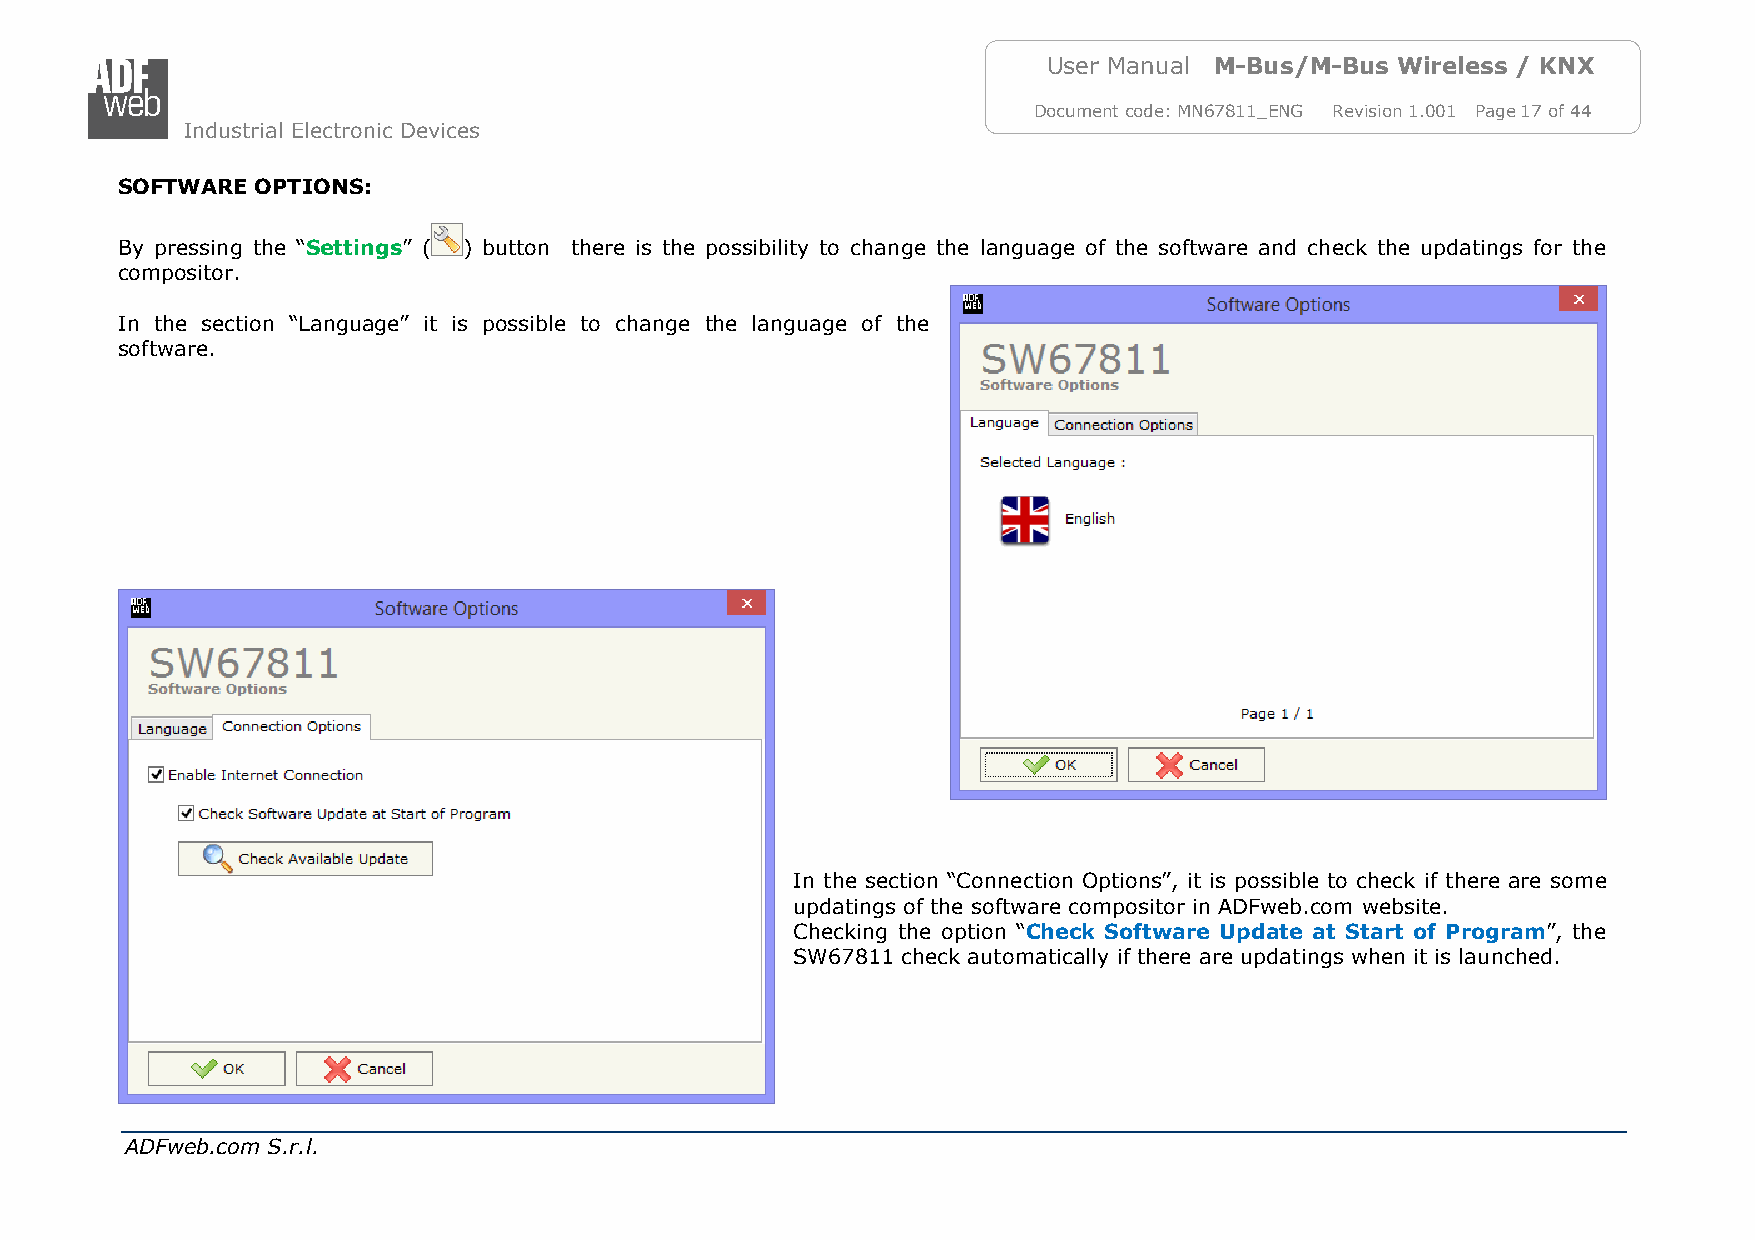
User Manual M-Bus/M-Bus Wireless / KNX
 Document code: MN67811_ENG Revision 1.001 Page 17 of 44
 Industrial Electronic Devices
 SOFTWARE OPTIONS:
 By pressing the “Settings” ( ) button there is the possibility to change the language of the software and check the updatings for the
 compositor.
 In the section “Language” it is possible to change the language of the
 software.
 In the section “Connection Options”, it is possible to check if there are some
 updatings of the software compositor in ADFweb.com website.
 Checking the option “Check Software Update at Start of Program”, the
 SW67811 check automatically if there are updatings when it is launched.
 ADFweb.com S.r.l.